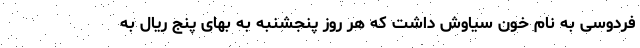
فردوسی به نام خون سیاوش داشت که هر روز پنجشنبه به بهای پنج ریال به